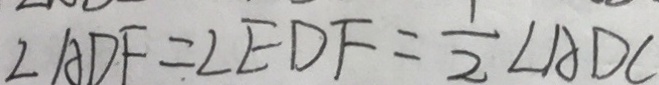
\angle A D F = \angle E D F = \frac { 1 } { 2 } \angle A D C